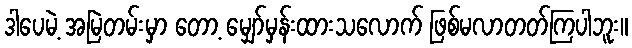
ဒါပေမဲ့ အမြဲတမ်းမှာ တော့ မျှော်မှန်းထားသလောက် ဖြစ်မလာတတ်ကြပါဘူး။